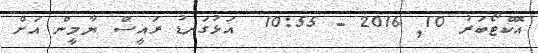
އޮކްޓޯބަރު 10